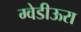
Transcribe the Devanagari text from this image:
ग्वेडीऊरा